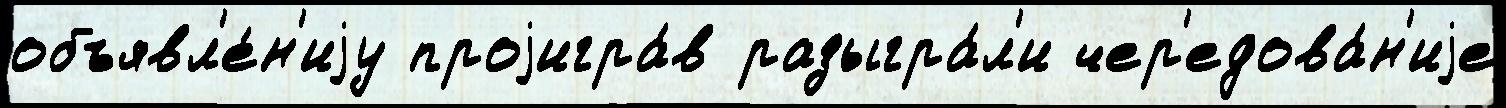
объявл'е́н'иjу проjигра́в разыгра́л'и чер'едова́н'иjе